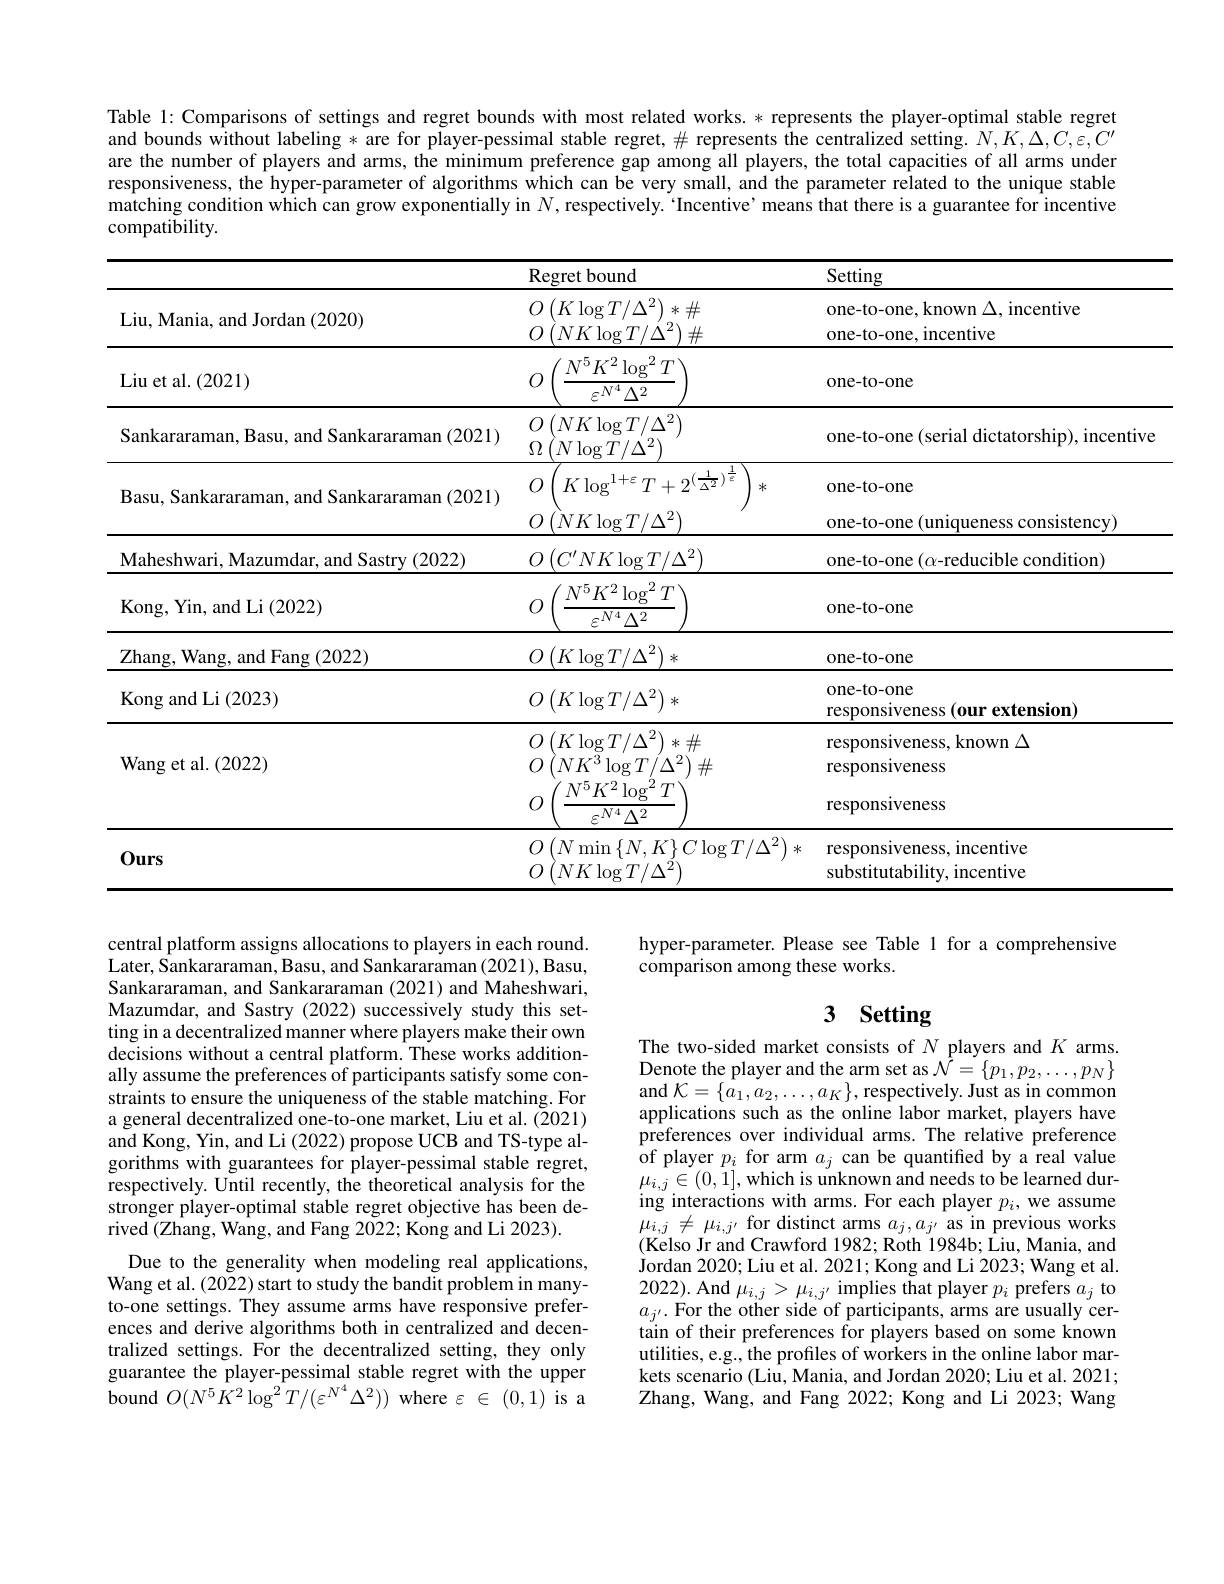
Table 1: Comparisons of settings and regret bounds with most related works. * represents the player-optimal stable regret and bounds without labeling * are for player-pessimal stable regret, $\#$ represents the centralized setting. $N,K,\Delta,C,\varepsilon,C^{\prime}$ are the number of players and arms, the minimum preference gap among all players, the total capacities of all arms under responsiveness, the hyper-parameter of algorithms which can be very small, and the parameter related to the unique stable matching condition which can grow exponentially in $N$,respectively. 'Incentive’means that there is a guarantee for incentive compatibility.

<table>
	<tbody>
		<tr>
			<th> </th>
			<th>Regret bound</th>
			<th>Setting</th>
		</tr>
		<tr>
			<td>Liu, Mania, and Jordan (2020)</td>
			<td>$(K\log T/\Delta^{2})$ $冰$ : $\#$ $(NK\log T/\Delta^{2})$ $\#$</td>
			<td>one-to-one, known $\Delta$, incentive one-to-one, incentive</td>
		</tr>
		<tr>
			<td>Liu et al. ( 2021) </td>
			<td>$N^{5}K^{2}\log^{2}T$ $cN^{4}$ $\Delta^{2}$</td>
			<td>one-to-one</td>
		</tr>
		<tr>
			<td>Sankararaman, Basu, and Sankararaman (2021)</td>
			<td>$\left({\boldsymbol{T}}\right)$ $NK\log T/\Delta^{2}$ $\Omega$ $N\log T/\Delta^{2})$</td>
			<td>one-to-one (serial dictatorship), incentive</td>
		</tr>
		<tr>
			<td>Basu, Sankararaman, and Sankararaman (2021)</td>
			<td>$K\log$ ${\mathrm{g}}^{1+\varepsilon}T+2^{({\frac{1}{\Delta^{2}}})^{{\frac{1}{\varepsilon}}}}$ $\mu$ 冰</td>
			<td>one-to-one</td>
		</tr>
		<tr>
			<td> </td>
			<td>$(NK\log T/\Delta^{2})$ 0</td>
			<td>one-to-one (uniqueness consistency)</td>
		</tr>
		<tr>
			<td>Maheshwari, Mazumdar, and Sastry ( 2022) </td>
			<td>$O\left(C^{\prime}NK\log T/\Delta^{2}\right)$</td>
			<td>one-to-one $(\alpha$-reducible condition)</td>
		</tr>
		<tr>
			<td>Kong, Yin, and Li (2022)</td>
			<td>$N^{5}K^{2}\log^{2}T$ $\varepsilon^{N4}\Delta^{2}$</td>
			<td>one-to-one</td>
		</tr>
		<tr>
			<td>Zhang, Wang, and Fang ( 2022) </td>
			<td>$O\left(K\log T/\Delta^{2}\right)$ $洲c$</td>
			<td>one-to-one</td>
		</tr>
		<tr>
			<td>Kong and Li (2023)</td>
			<td>$O\left(K\log T/\Delta^{2}\right)$ </td>
			<td>one-to-one responsiveness(our extension)</td>
		</tr>
		<tr>
			<td rowspan="2">Wang et al. (2022)</td>
			<td>$(K\log T/\Delta^{2})$ $*\#$ $(NK^{3}\log T/\Delta^{2})$ $\#$</td>
			<td>responsiveness, known $\Delta$ responsiveness</td>
		</tr>
		<tr>
			<td>$N^{5}K^{2}\log^{2}T$ $\varepsilon^{N4}\Delta^{2}$</td>
			<td>responsiveness</td>
		</tr>
		<tr>
			<td>$0urs$</td>
			<td> $N$ $\operatorname*{min}\left\{N,K\right\}C\log T/\Delta^{2})$ 冰 1 $NK\log T/\Delta^{2}$</td>
			<td>responsiveness, incentive substitutability, incentive</td>
		</tr>
	</tbody>
</table>

hyper-parameter. Please see Table 1 for a comprehensive
comparison among these works.

# 3 Setting

central platform assigns allocations to players in each round. Later, Sankararaman, Basu, and Sankararaman (2021), Basu, Sankararaman, and Sankararaman (2021) and Maheshwari, Mazumdar, and Sastry (2022) successively study this setting in a decentralized manner where players make their own decisions without a central platform. These works additionally assume the preferences of participants satisfy some constraints to ensure the uniqueness of the stable matching. For a general decentralized one-to-one market, Liu et al. (2021) and Kong, Yin, and Li (2022) propose UCB and TS-type algorithms with guarantees for player-pessimal stable regret, respectively. Until recently, the theoretical analysis for the stronger player-optimal stable regret objective has been derived (Zhang, Wang, and Fang 2022; Kong and Li 2023).
Due to the generality when modeling real applications, Wang et al. (2022) start to study the bandit problem in manyto-one settings. They assume arms have responsive preferences and derive algorithms both in centralized and decentralized settings. For the decentralized setting, they only guarantee the player-pessimal stable regret with the upper ${\mathrm{bound~}}O(N^{5}\tilde{K}^{2}\log^{2}T/(\varepsilon^{N^{4}}\Delta^{2}))$ where $\varepsilon\in(0,1)$ is a

The two-sided market consists of $N$ players and $K$ arms Denote the player and the arm set as $\mathcal{N}=\{p_1,p_2,\ldots,p_N\}$ and $\mathcal{K}=\{\hat{a_{1}},\dot{a_{2}},\ldots,a_{K}\}$,respectively.Just as in common applications such as the online labor market, players have preferences over individual arms. The relative preference of player $p_i$ for arm $a_j$ can be quantified by a real value $\mu_{i,j}\in(0,1]$,which is unknown and needs to be learned during interactions with arms. For each player $p_i$, we assume $\mu_{i,j}\neq\mu_{i,j^{\prime}}$for distinct arms $a_j,a_{j^{\prime}}$ as in previous works (Kelso Jr and Crawford 1982; Roth 1984b; Liu, Mania, and Jordan 2020; Liu et al. 2021; Kong and Li 2023; Wang et al. 2022). And $\mu_{i,j}>\mu_{i,j^{\prime}}$ implies that player $p_i$ prefers $a_j$ to $a_{j^{\prime}}.$ For the other side of participants, arms are usually certain of their preferences for players based on some known utilities, e.g., the profiles of workers in the online labor markets scenario (Liu, Mania, and Jordan 2020; Liu et al. 2021; Zhang, Wang, and Fang 2022; Kong and Li 2023; Wang